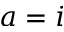
a = i